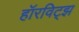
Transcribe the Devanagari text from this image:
हॉरविट्झ